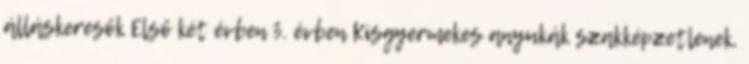
álláskeresők Első két évben 3. évben Kisgyermekes anyukák szakképzetlenek,